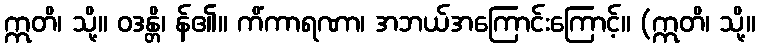
ဣတိ၊ သို့။ ဝဒန္တိ၊ န်၏။ ကိံကာရဏာ၊ အဘယ်အကြောင်းကြောင့်။ (ဣတိ၊ သို့။